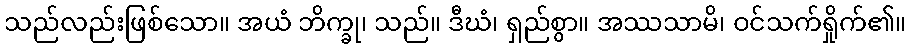
သည်လည်းဖြစ်သော။ အယံ ဘိက္ခု၊ သည်။ ဒီဃံ၊ ရှည်စွာ။ အဿသာမိ၊ ဝင်သက်ရှိုက်၏။